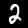
Label: 2